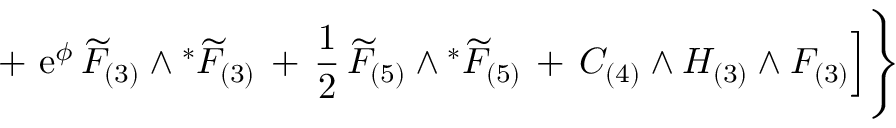
+ \, \, \mathrm { e } ^ { \phi } \, { \widetilde { F } } _ { ( 3 ) } \wedge { } ^ { * } { \widetilde { F } } _ { ( 3 ) } \, + \, \frac { 1 } { 2 } \, { \widetilde { F } } _ { ( 5 ) } \wedge { } ^ { * } { \widetilde { F } } _ { ( 5 ) } \, + \, C _ { ( 4 ) } \wedge H _ { ( 3 ) } \wedge F _ { ( 3 ) } \Big ] \Bigg \}